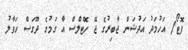
ފޮޓޯ/ އަހުމަދު އަދުޝަން ޖާބިރުގެ ޖޭ ހޮޓެލްސް އާ ގަމުގެ ދޫގަސް ހަވާލު